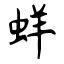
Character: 蛘